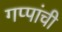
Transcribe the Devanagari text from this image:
गप्पांची